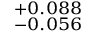
^ { + 0 . 0 8 8 } _ { - 0 . 0 5 6 }